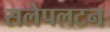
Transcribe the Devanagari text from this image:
सलेपलटन